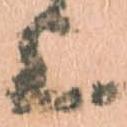
上